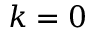
k = 0